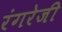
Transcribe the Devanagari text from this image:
रंगरेजी